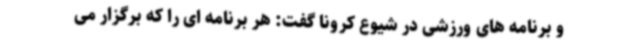
و برنامه های ورزشی در شیوع کرونا گفت: هر برنامه ای را که برگزار می